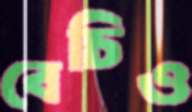
বেচিও